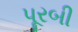
પૂરબી